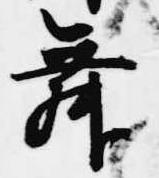
舞